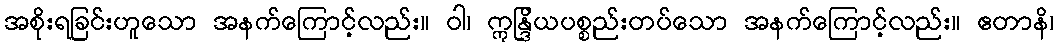
အစိုးရခြင်းဟူသော အနက်ကြောင့်လည်း။ ဝါ၊ ဣန္ဒြိယပစ္စည်းတပ်သော အနက်ကြောင့်လည်း။ ဧတာနိ၊